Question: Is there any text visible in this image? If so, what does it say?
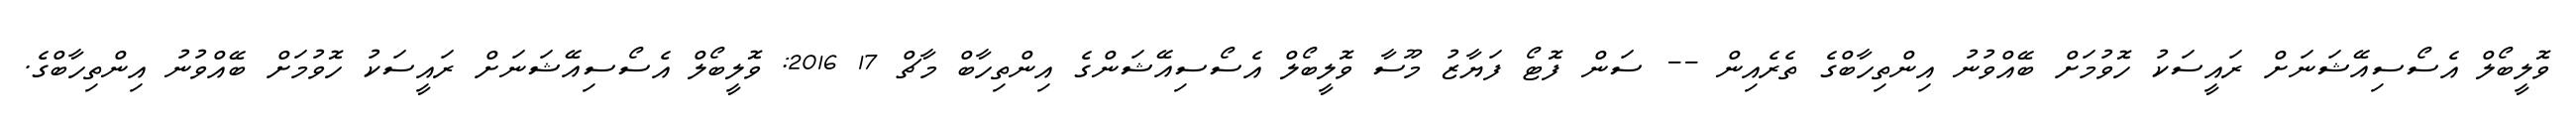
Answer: ވޮލީބޯލް އެސޯސިއޭޝަނަށް ރައީސަކު ހޮވުމަށް ބޭއްވުނު އިންތިހާބްގެ ތެރެއިން -- ސަން ފޮޓޯ ފަޔާޒު މޫސާ ވޮލީބޯލް އެސޯސިއޭޝަންގެ އިންތިހާބް މާޗް 17 2016: ވޮލީބޯލް އެސޯސިއޭޝަނަށް ރައީސަކު ހޮވުމަށް ބޭއްވުނު އިންތިހާބްގެ.